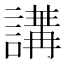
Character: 𧪿